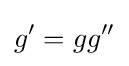
g^{\prime }=gg^{\prime \prime }